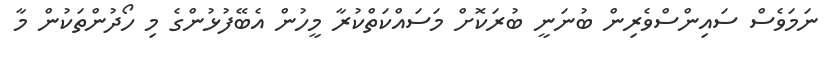
ނަމަވެސް ސައިންސްވެރިން ބުނަނީ ބުރަކޮށް މަސައްކަތްކުރާ މީހުން އެބޭފުޅުންގެ މި ހޯދުންތަކުން މާ